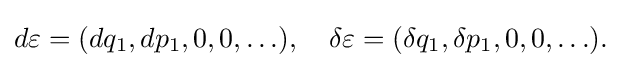
{\textstyle d\varepsilon =(dq_{1},dp_{1},0,0,\ldots ),\quad \delta \varepsilon =(\delta q_{1},\delta p_{1},0,0,\ldots ).}